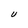
Character: U